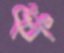
ধিং